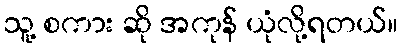
သူ့ စကား ဆို အကုန် ယုံလို့ရတယ်။